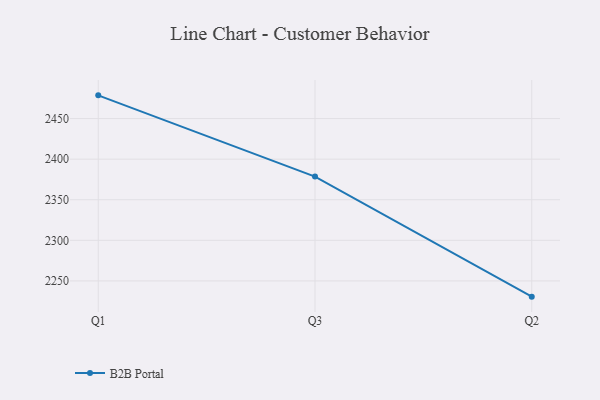
{"axis": {"x": "Quarter", "y": "Churn Rate (%)"}, "legend": ["B2B Portal"], "data": [{"x": "Q1", "y": 2478.6, "type": "B2B Portal"}, {"x": "Q3", "y": 2378.5, "type": "B2B Portal"}, {"x": "Q2", "y": 2230.6, "type": "B2B Portal"}]}